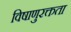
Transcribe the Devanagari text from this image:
विषाणुरक्तता